Leprosy in India: report of the Leprosy Commission in India, 1890-91
Year: 1890
Disease focus: Leprosy
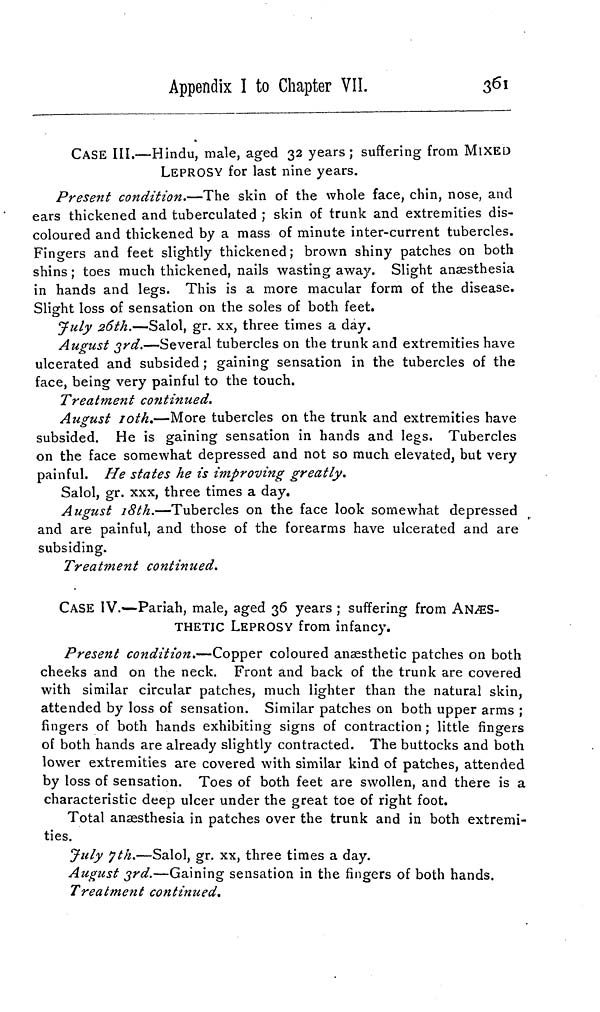
Appendix I to Chapter VIL
361
CASE III.—Hindu, male, aged 32 years; suffering from MIXED
LEPROSY for last nine years.
Present condition.—The skin of the whole face, chin, nose, and
ears thickened and tuberculated ; skin of trunk and extremities dis-
coloured and thickened by a mass of minute inter-current tubercles.
Fingers and feet slightly thickened; brown shiny patches on both
shins ; toes much thickened, nails wasting away. Slight anaesthesia
in hands and legs. This is a more macular form of the disease.
Slight loss of sensation on the soles of both feet.
July 26th.—Salol, gr. xx, three times a day.
August 3rd.—Several tubercles on the trunk and extremities have
ulcerated and subsided ; gaining sensation in the tubercles of the
face, being very painful to the touch.
Treatment continued.
August 10th.—More tubercles on the trunk and extremities have
subsided. He is gaining sensation in hands and legs. Tubercles
on the face somewhat depressed and not so much elevated, but very
painful. He states he is improving greatly.
Salol, gr. xxx, three times a day.
August 18th.—Tubercles on the face look somewhat depressed
and are painful, and those of the forearms have ulcerated and are
subsiding.
Treatment continued.
CASE IV.—Pariah, male, aged 36 years ; suffering from ANÆS-
THETIC LEPROSY from infancy.
Present condition.—Copper coloured anaesthetic patches on both
cheeks and on the neck. Front and back of the trunk are covered
with similar circular patches, much lighter than the natural skin,
attended by loss of sensation. Similar patches on both upper arms ;
fingers of both hands exhibiting signs of contraction ; little fingers
of both hands are already slightly contracted. The buttocks and both
lower extremities are covered with similar kind of patches, attended
by loss of sensation. Toes of both feet are swollen, and there is a
characteristic deep ulcer under the great toe of right foot.
Total anaesthesia in patches over the trunk and in both extremi-
ties.
July 7th.—Salol, gr. xx, three times a day.
August 3rd.—Gaining sensation in the fingers of both hands.
Treatment continued.